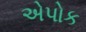
એપોક